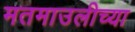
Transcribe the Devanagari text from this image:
मतमाउलीच्या